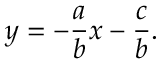
y = - { \frac { a } { b } } x - { \frac { c } { b } } .